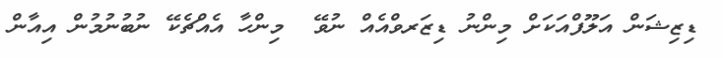
ޑިޒިޝަން އަލޫފްއަކަށް މިންނު ޑިޒަރވްއެއް ނުވޭ  މިންހާ އެއްޗެކޭ ނުބުނުމުން އިއާން